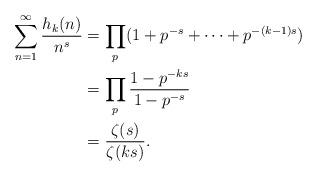
LaTeX: \begin{align*}\sum_{n=1}^{\infty} \frac{h_k(n)}{n^s} &= \prod_p (1+p^{-s} + \cdots + p^{-(k-1)s}) \\&= \prod_p \frac{1-p^{-ks}}{1-p^{-s}} \\&= \frac{\zeta(s)}{\zeta(ks)}. \\\end{align*}